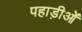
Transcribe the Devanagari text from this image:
पहाड़ीओं